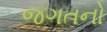
જગતનો